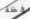
فظة